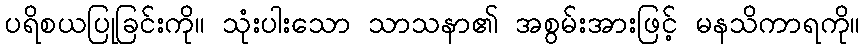
ပရိစယပြုခြင်းကို။ သုံးပါးသော သာသနာ၏ အစွမ်းအားဖြင့် မနသိကာရကို။